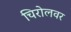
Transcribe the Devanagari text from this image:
चिरोलवर